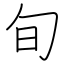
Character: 旬